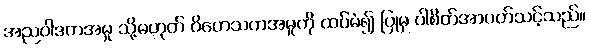
အညဝါဒကအမှု သို့မဟုတ် ဝိဟေသကအမှုကို ထပ်မံ၍ ပြုမှ ပါစိတ်အာပတ်သင့်သည်။